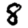
Digit: 8